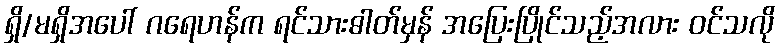
ရှိ/မရှိအပေါ် ဂရေဟန်က ရင်သားဓါတ်မှန် အပြေးပြိုင်သည့်အလား ဝင်သလို